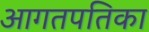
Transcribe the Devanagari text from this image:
आगतपतिका